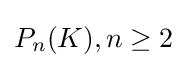
P_{n}(K),n\geq 2